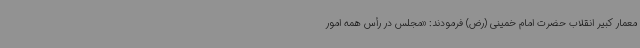
معمار کبیر انقلاب حضرت امام خمینی (رض) فرمودند: «مجلس در رأس همه امور